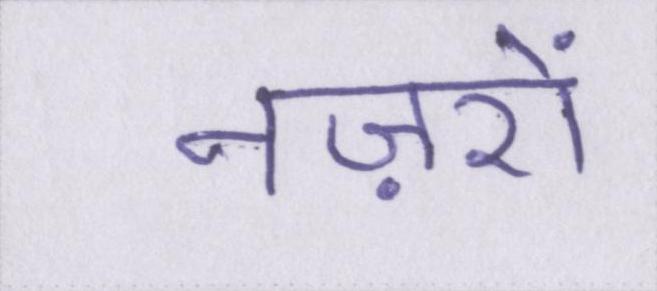
नज़रों